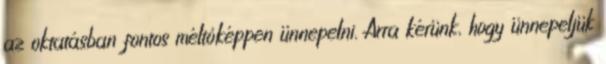
az oktatásban fontos méltóképpen ünnepelni. Arra kérünk, hogy ünnepeljük